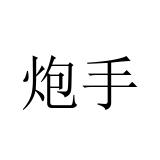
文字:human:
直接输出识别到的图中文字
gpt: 炮手